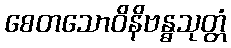
စေတသောဝိနိဗန္ဓသုတ္တံ